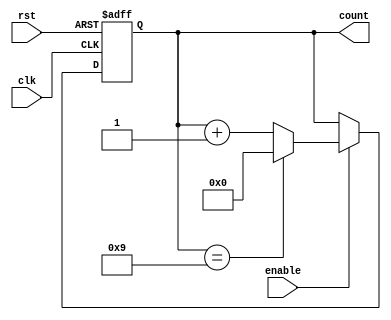
module BCD_Up_Counter (
  input wire clk,     // System clock
  input wire rst,     // Reset signal
  input wire enable,  // Enable signal
  output reg [3:0] count // BCD up counter output
);

reg [3:0] next_count;

always @ (posedge clk or posedge rst) begin
  if (rst) begin
    count <= 4'b0000; // Reset the counter
  end else if (enable) begin
    count <= next_count; // Update the count
  end
end

always @* begin
  if (count == 4'b1001) begin
    next_count = 4'b0000; // Reset count to 0 when reaching 9
  end else begin
    next_count = count + 1; // Increment count by 1
  end
end

endmodule